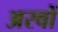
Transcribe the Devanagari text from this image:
अरवों